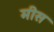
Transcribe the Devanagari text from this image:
मीस